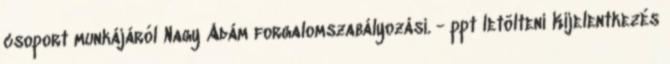
csoport munkájáról Nagy Ádám forgalomszabályozási. - ppt letölteni Kijelentkezés